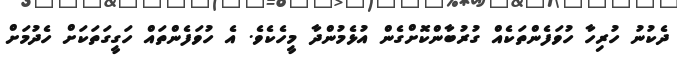
ދެކުނު ހުރިހާ ހުވަފެންތަކެއް ގުރުބާންކޮށްގެން އުޅެމުންދާ މީހެކެވެ. އެ ހުވަފެންތައް ހަގީގަތަކަށް ހެދުމަށް